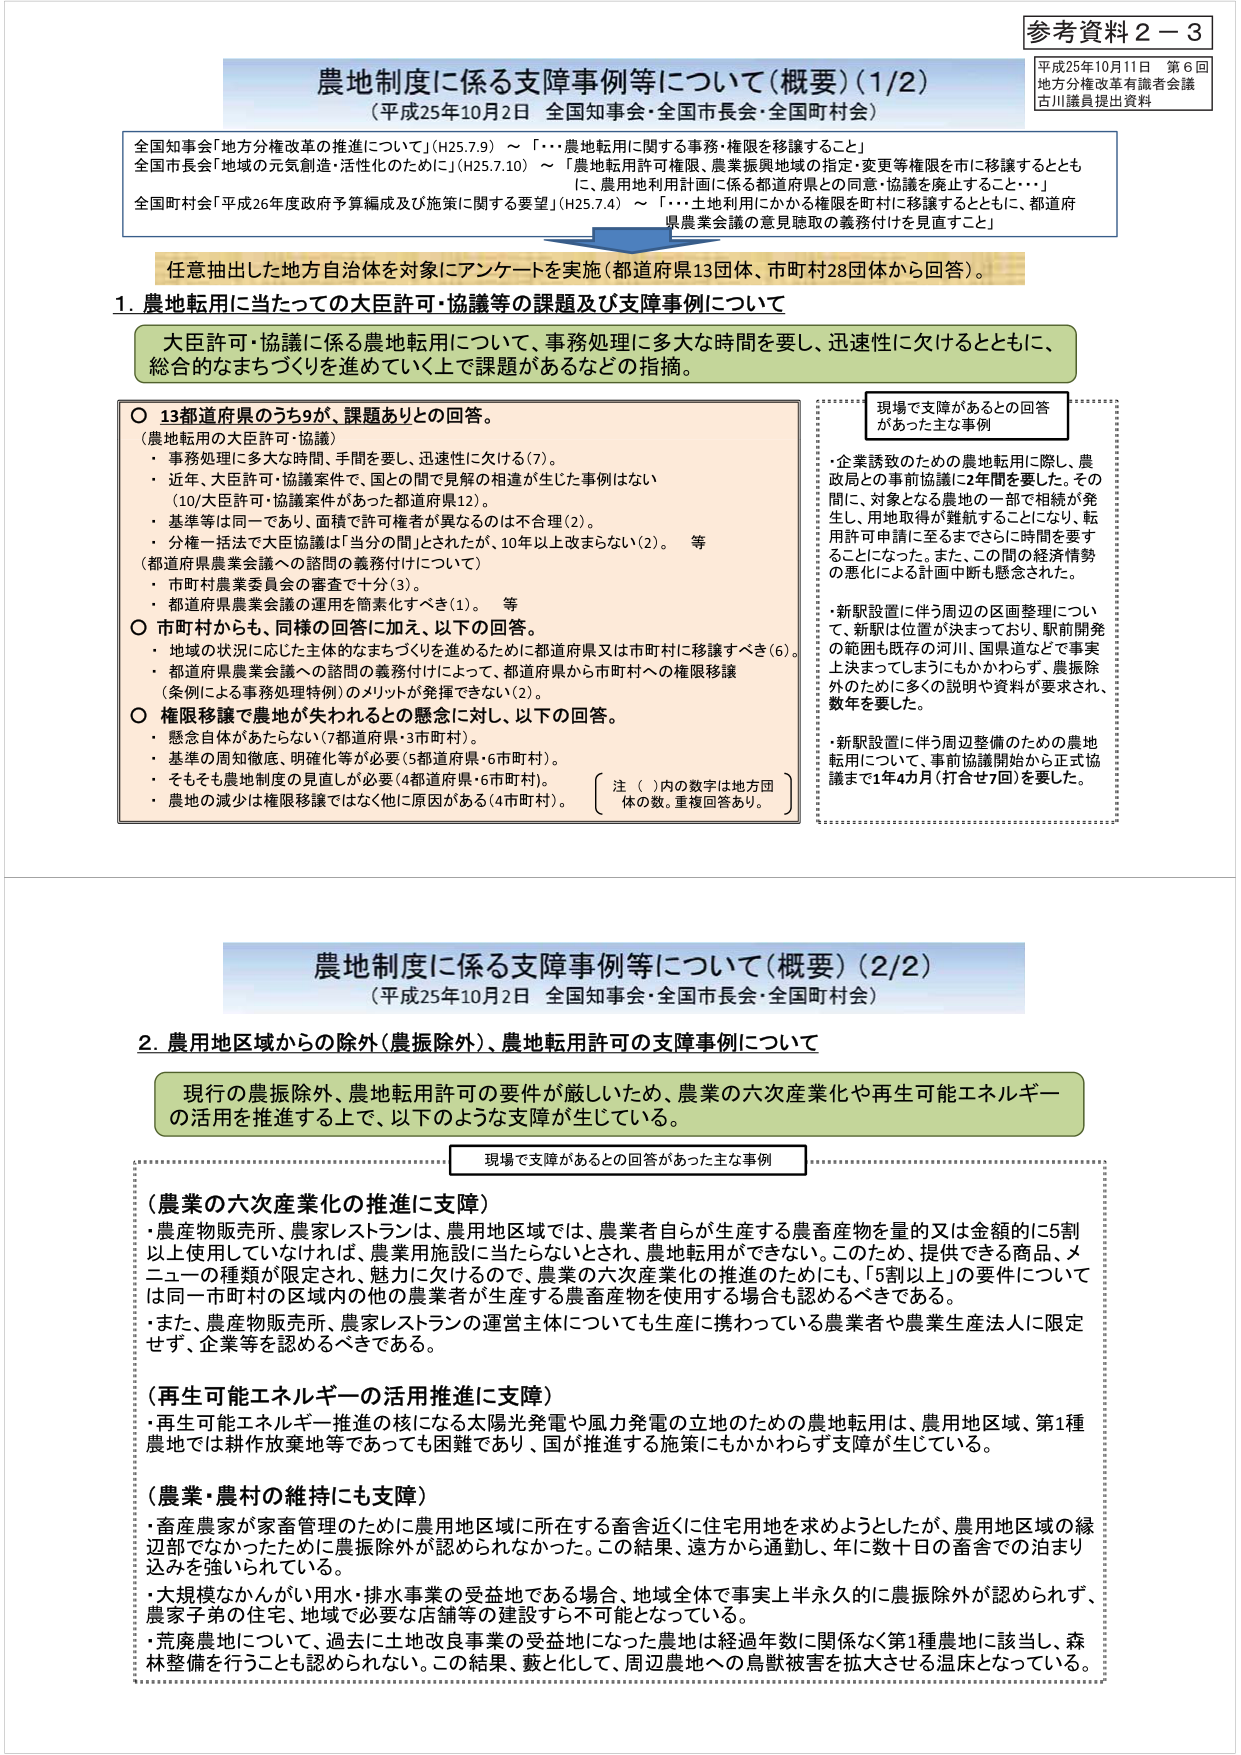
参考資料２－３
平成25年10月11日 第６回
地方分権改革有識者会議
古川議員提出資料

農地制度に係る支障事例等について（概要）（1/2）
（平成25年10月2日 全国知事会・全国市長会・全国町村会）

全国知事会「地方分権改革の推進について」（H25.7.9）～「・・・農地転用に関する事務・権限を移譲すること」
全国市長会「地域の元気創造・活性化のために」（H25.7.10）～「農地転用許可権限、農業振興地域の指定・変更等権限を市に移譲するとともに、農用地利用計画に係る都道府県との同意・協議を廃止すること・・・」
全国町村会「平成26年度政府予算編成及び施策に関する要望」（H25.7.4）～「・・・土地利用にかかる権限を町村に移譲するとともに、都道府県農業会議の意見聴取の義務付けを見直すこと」

任意抽出した地方自治体を対象にアンケートを実施（都道府県13団体、市町村28団体から回答）。

1. 農地転用に当たっての大臣許可・協議等の課題及び支障事例について

大臣許可・協議に係る農地転用について、事務処理に多大な時間を要し、迅速性に欠けるとともに、総合的なまちづくりを進めていく上で課題があるなどの指摘。

○ 13都道府県のうち9が、課題ありとの回答。
（農地転用の大臣許可・協議）
・ 事務処理に多大な時間、手間を要し、迅速性に欠ける（7）。
・ 近年、大臣許可・協議案件で、国との間で見解の相違が生じた事例はない（10/大臣許可・協議案件があった都道府県12）。
・ 基準等は同一であり、面積で許可権者が異なるのは不合理（2）。
・ 分権一括法で大臣協議は「当分の間」とされたが、10年以上改まらない（2）。 等
（都道府県農業会議への諮問の義務付けについて）
・ 市町村農業委員会の審査で十分（3）。
・ 都道府県農業会議の運用を簡素化すべき（1）。 等

○ 市町村からも、同様の回答に加え、以下の回答。
・ 地域の状況に応じた主体的なまちづくりを進めるために都道府県又は市町村に移譲すべき（6）。
・ 都道府県農業会議への諮問の義務付けによって、都道府県から市町村への権限移譲（条例による事務処理特例）のメリットが発揮できない（2）。

○ 権限移譲で農地が失われるとの懸念に対し、以下の回答。
・ 懸念自体があたらない（7都道府県・3市町村）。
・ 基準の周知徹底、明確化等が必要（5都道府県・6市町村）。
・ そもそも農地制度の見直しが必要（4都道府県・6市町村）。
・ 農地の減少は権限移譲ではなく他に原因がある（4市町村）。
（注 （ ）内の数字は地方団体の数。重複回答あり。）

現場で支障があるとの回答があった主な事例
・ 企業誘致のための農地転用に際し、農政局との事前協議に2年間を要した。その間に、対象となる農地の一部で相続が発生し、用地取得が難航することになり、転用許可申請に至るまでさらに時間を要することになった。また、この間の経済情勢の悪化による計画中断も懸念された。
・ 新駅設置に伴う周辺の区画整理について、新駅は位置が決まっており、駅前開発の範囲も既存の河川、国県道などで事実上決まってしまいにもかかわらず、農振除外のために多くの説明や資料が要求され、数年を要した。
・ 新駅設置に伴う周辺整備のための農地転用について、事前協議開始から正式協議まで1年4カ月（打合せ7回）を要した。

農地制度に係る支障事例について（概要）（2/2）
（平成25年10月2日 全国知事会・全国市長会・全国町村会）

2. 農用地区域からの除外（農振除外）、農地転用許可の支障事例について

現行の農振除外、農地転用許可の要件が厳しいため、農業の六次産業化や再生可能エネルギーの活用を推進する上で、以下のような支障が生じている。

現場で支障があるとの回答があった主な事例

（農業の六次産業化の推進に支障）
・ 農産物販売所、農家レストランは、農用地区域では、農業者自らが生産する農畜産物を量的又は金額的に5割以上使用していなければ、農業用施設に当たらないとされ、農地転用ができない。このため、提供できる商品、メニューの種類が限定され、魅力に欠けるので、農業の六次産業化の推進のためにも、「5割以上」の要件については同一市町村の区域内の他の農業者が生産する農畜産物を使用する場合も認めるべきである。
・ また、農産物販売所、農家レストランの運営主体についても生産に携わっている農業者や農業生産法人に限定せず、企業等を認めるべきである。

（再生可能エネルギーの活用推進に支障）
・ 再生可能エネルギー推進の核になる太陽光発電や風力発電の立地のための農地転用は、農用地区域、第1種農地では耕作放棄地等であっても困難であり、国が推進する施策にもかかわらず支障が生じている。

（農業・農村の維持にも支障）
・ 畜産農家が家畜管理のために農用地区域に所在する畜舎近くに住宅用地を求めようとしたが、農用地区域の縁辺部でなかったために農振除外が認められなかった。この結果、遠方から通勤し、年に数十日の畜舎での泊まり込みを強いられている。
・ 大規模なかんがい用水・排水事業の受益地である場合、地域全体で事実上半永久的に農振除外が認められず、農家子弟の住宅、地域で必要な店舗等の建設すら不可能となっている。
・ 荒廃農地について、過去に土地改良事業の受益地になった農地は経過年数に関係なく第1種農地に該当し、森林整備を行うことも認められない。この結果、敷と化して、周辺農地への鳥獣被害を拡大させる温床となっている。